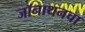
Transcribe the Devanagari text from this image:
जॉनाथनचा